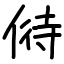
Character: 偫